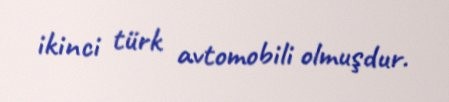
ikinci türk avtomobili olmuşdur.